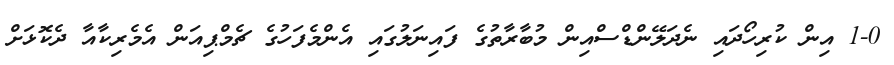
1-0 އިން ކުރިހޯދައި ނެދަލޭންޑްސްއިން މުބާރާތުގެ ފައިނަލުގައި އެންމެފަހުގެ ޗެމްޕިއަން އެމެރިކާއާ ދެކޮޅަށް